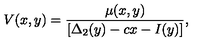
V ( x , y ) = \frac { \mu ( x , y ) } { [ \Delta _ { 2 } ( y ) - c x - I ( y ) ] } ,